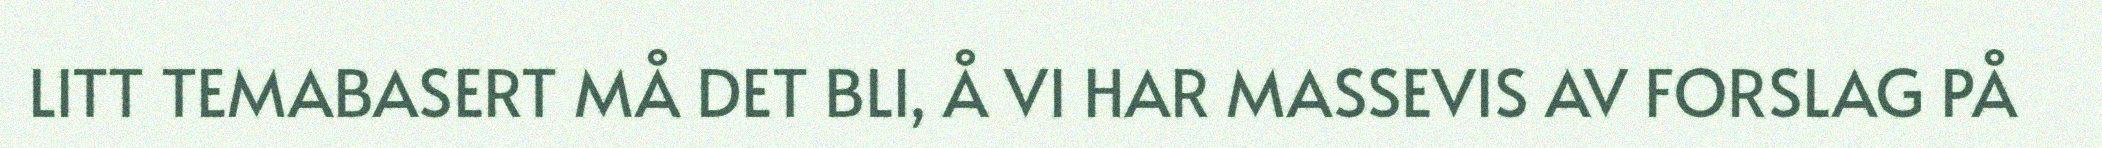
LITT TEMABASERT MÅ DET BLI, Å VI HAR MASSEVIS AV FORSLAG PÅ